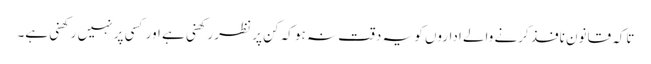
تاکہ قانون نافذ کرنے والے اداروں کو یہ دقت نہ ہو کہ کن پر نظر رکھنی ہے اور کسی پر نہیں رکھنی ہے۔